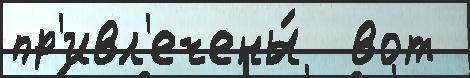
пр'ивл'ечены́  вот